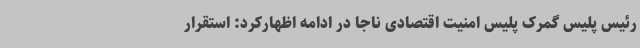
رئیس پلیس گمرک پلیس امنیت اقتصادی ناجا در ادامه اظهارکرد: استقرار